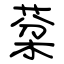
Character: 棻